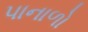
પાનાળો